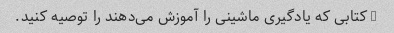
5 کتابی که یادگیری ماشینی را آموزش می‌دهند را توصیه کنید.